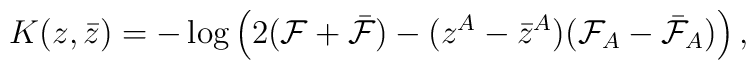
K(z,\bar z) = -\log\Big(2({\cal F}+ \bar{\cal F})-           (z^A-\bar z^A)({\cal F}_A-\bar{\cal F}_A)\Big)\,,